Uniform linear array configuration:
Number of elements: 64
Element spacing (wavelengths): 0.75
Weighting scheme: exponential
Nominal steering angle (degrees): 60
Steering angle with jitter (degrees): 60.087
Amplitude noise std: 0.05
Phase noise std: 0.05

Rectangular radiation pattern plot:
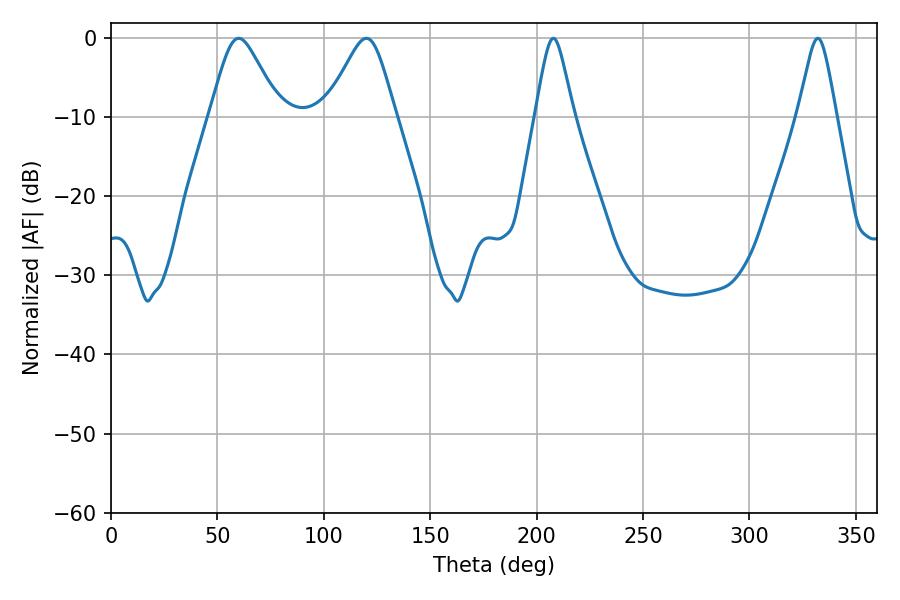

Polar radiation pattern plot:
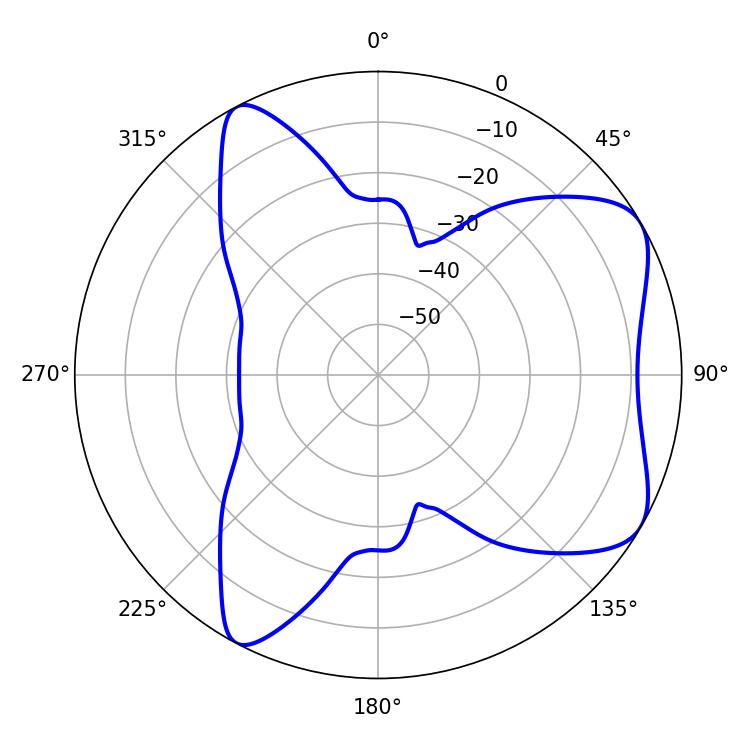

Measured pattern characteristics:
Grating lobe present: TRUE
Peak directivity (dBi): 6.618
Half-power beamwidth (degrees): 15.84
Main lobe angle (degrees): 59.94